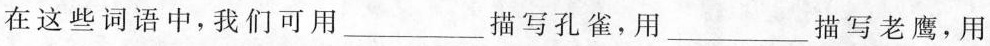
在这些词语中，我们可用___描写孔雀，用___描写老鹰，用